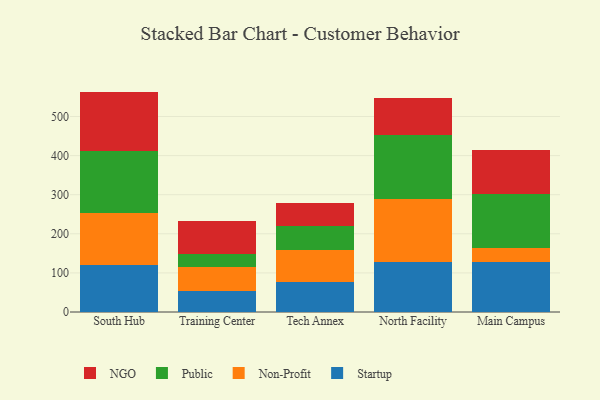
{"axis": {"x": "Campus", "y": "Net Income (USD K)"}, "legend": ["NGO", "Non-Profit", "Public", "Startup"], "data": [{"x": "South Hub", "y": 119.9, "type": "Startup"}, {"x": "South Hub", "y": 133.6, "type": "Non-Profit"}, {"x": "South Hub", "y": 157.5, "type": "Public"}, {"x": "South Hub", "y": 152.7, "type": "NGO"}, {"x": "Training Center", "y": 52.6, "type": "Startup"}, {"x": "Training Center", "y": 62.4, "type": "Non-Profit"}, {"x": "Training Center", "y": 32.3, "type": "Public"}, {"x": "Training Center", "y": 85.5, "type": "NGO"}, {"x": "Tech Annex", "y": 75.6, "type": "Startup"}, {"x": "Tech Annex", "y": 83.3, "type": "Non-Profit"}, {"x": "Tech Annex", "y": 60.6, "type": "Public"}, {"x": "Tech Annex", "y": 59.6, "type": "NGO"}, {"x": "North Facility", "y": 127.6, "type": "Startup"}, {"x": "North Facility", "y": 161.5, "type": "Non-Profit"}, {"x": "North Facility", "y": 163.4, "type": "Public"}, {"x": "North Facility", "y": 94.6, "type": "NGO"}, {"x": "Main Campus", "y": 127.9, "type": "Startup"}, {"x": "Main Campus", "y": 35.3, "type": "Non-Profit"}, {"x": "Main Campus", "y": 138.7, "type": "Public"}, {"x": "Main Campus", "y": 113.3, "type": "NGO"}]}